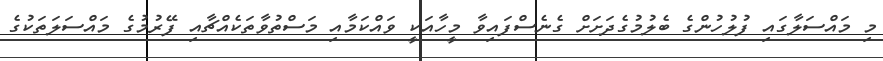
މި މައްސަލާގައި ފުލުހުންގެ ބެލުމުގެދަށަށް ގެނެސްފައިވާ މީހާއަކީ ވައްކަމާއި މަސްތުވާތަކެއްޗާއި ފޭރުމުގެ މައްސަލަތަކުގެ